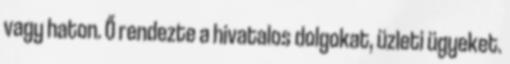
vagy haton. Ő rendezte a hivatalos dolgokat, üzleti ügyeket.